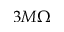
3 M \Omega